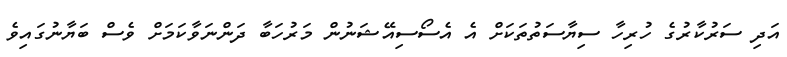
އަދި ސަރުކާރުގެ ހުރިހާ ސިޔާސަތުތަކަށް އެ އެސޯސިއޭޝަނުން މަރުހަބާ ދަންނަވާކަމަށް ވެސް ބަޔާނުގައިވެ